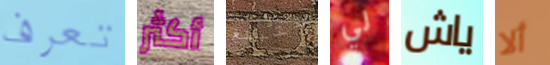
تعرف أكثر ستبلغ لي ياش ألا